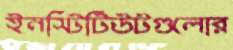
ইনস্টিটিউটগুলোর